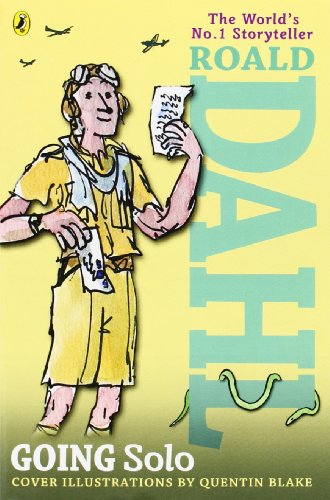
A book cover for Going Solo; Roald Dahl; Children's Books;